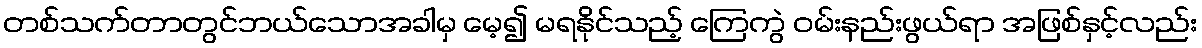
တစ်သက်တာတွင်ဘယ်သောအခါမှ မေ့၍ မရနိုင်သည့် ကြေကွဲ ဝမ်းနည်းဖွယ်ရာ အဖြစ်နှင့်လည်း